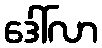
ဒေါ်လာ